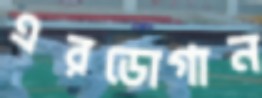
এরডোগান